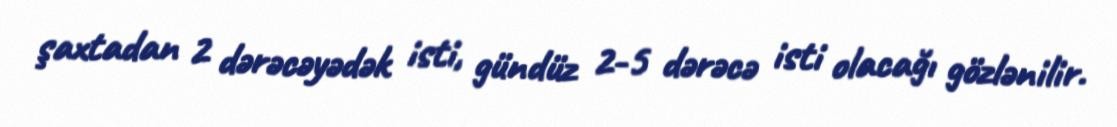
şaxtadan 2 dərəcəyədək isti, gündüz 2-5 dərəcə isti olacağı gözlənilir.